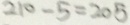
2 1 0 - 5 = 2 0 5